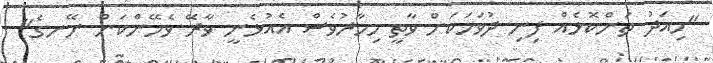
"މިއަދު ތަންކޮޅެއް ފިނި ދުވަހަކަށް ވާތީ މިހާރުވެސް އެއުޅެނީ ވާރޭ ވެހޭންކަން ނޭނގެ"